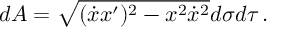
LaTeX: d A = \sqrt { ( \dot { x } x ^ { \prime } ) ^ { 2 } - x ^ { 2 } \dot { x } ^ { 2 } } d \sigma d \tau \, .